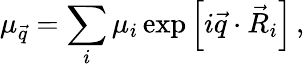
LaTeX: \mu_{\vec{q}}=\sum_{i}\mu_{i}\exp\left[i\vec{q}\cdot\vec{R}_{i}\right]\, ,